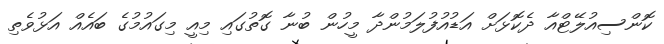
ކޮންސިއުލޭޓްއާ ދެކޮޅަށް އަޑުއުފުލަމުންދާ މީހުން ބުނާ ގޮތުގައި މިއީ މިގައުމުގެ ބައެއް އަޅުވެތި